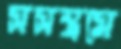
সসম্ভ্রমে